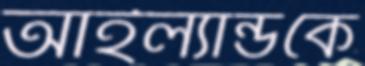
আইল্যান্ডকে